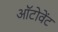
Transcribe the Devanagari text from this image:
ऑटोवेंट